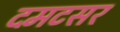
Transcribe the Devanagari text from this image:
दमटसर